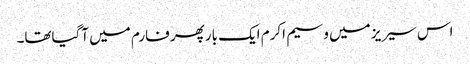
اس سیریز میں وسیم اکرم ایک بارپھر فارم میں آگیاتھا۔